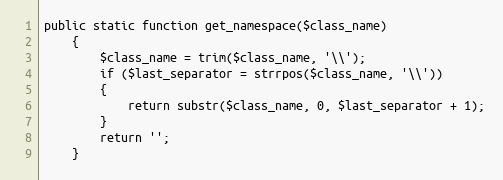
Language: PHP
public static function get_namespace($class_name)
	{
		$class_name = trim($class_name, '\\');
		if ($last_separator = strrpos($class_name, '\\'))
		{
			return substr($class_name, 0, $last_separator + 1);
		}
		return '';
	}